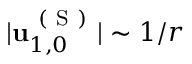
\vert \mathbf { u } _ { 1 , 0 } ^ { \mathrm { ~ ( ~ S ~ ) ~ } } \vert \sim 1 / r